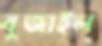
বুজাইল